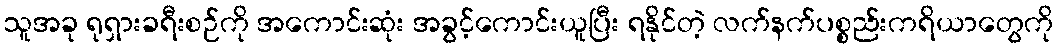
သူအခု ရုရှားခရီးစဉ်ကို အကောင်းဆုံး အခွင့်ကောင်းယူပြီး ရနိုင်တဲ့ လက်နက်ပစ္စည်းကရိယာတွေကို